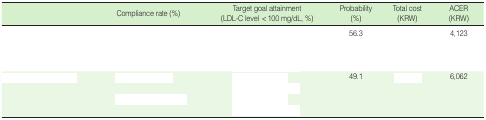
<table><thead><tr><td>[EMPTY_CELL]</td><td><b>Compliance rate (%)</b></td><td><b>Target goal attainment (LDL-C level &lt;100 mg/dL, %)</b></td><td><b>Probability (%)</b></td><td><b>Total cost (KRW)</b></td><td><b>ACER (KRW)</b></td></tr></thead><tbody><tr><td rowspan="4">[EMPTY_CELL]</td><td>[EMPTY_CELL]</td><td>[EMPTY_CELL]</td><td>56.3</td><td>[EMPTY_CELL]</td><td>4.123</td></tr><tr><td>[EMPTY_CELL]</td><td>[EMPTY_CELL]</td><td>[EMPTY_CELL]</td><td>[EMPTY_CELL]</td><td>[EMPTY_CELL]</td></tr><tr><td>[EMPTY_CELL]</td><td>[EMPTY_CELL]</td><td>[EMPTY_CELL]</td><td>[EMPTY_CELL]</td><td>[EMPTY_CELL]</td></tr><tr><td>[EMPTY_CELL]</td><td>[EMPTY_CELL]</td><td>[EMPTY_CELL]</td><td>[EMPTY_CELL]</td><td>[EMPTY_CELL]</td></tr><tr><td rowspan="4">[EMPTY_CELL]</td><td>[EMPTY_CELL]</td><td>[EMPTY_CELL]</td><td>49.1</td><td>[EMPTY_CELL]</td><td>6.062</td></tr><tr><td>[EMPTY_CELL]</td><td>[EMPTY_CELL]</td><td>[EMPTY_CELL]</td><td>[EMPTY_CELL]</td><td>[EMPTY_CELL]</td></tr><tr><td>[EMPTY_CELL]</td><td>[EMPTY_CELL]</td><td>[EMPTY_CELL]</td><td>[EMPTY_CELL]</td><td>[EMPTY_CELL]</td></tr><tr><td>[EMPTY_CELL]</td><td>[EMPTY_CELL]</td><td>[EMPTY_CELL]</td><td>[EMPTY_CELL]</td><td>[EMPTY_CELL]</td></tr></tbody></table>